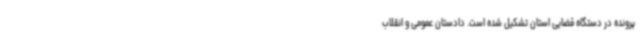
پرونده در دستگاه قضایی استان تشکیل شده است. دادستان عمومی و انقلاب